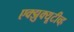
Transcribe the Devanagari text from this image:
एक्झुक्यूटीव्ह